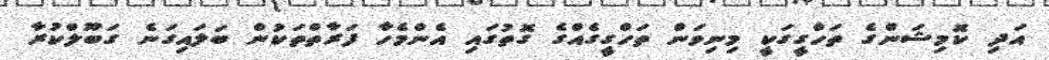
އަދި ކޮމިޝަންގެ ތަހްގީގަކީ މިނިވަން ތަހްގީގެއްގެ ގޮތުގައި އެންމެހާ ފަރާތްތަކުން ބަލައިގަނެ ގަބޫލްކުރާ